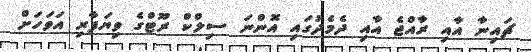
ޗައިނާ އާއި ރާއްޖެ އާއި ދެމެދުގައި އޮންނަ ސިލްކް ރޫޓްގެ ވިޔަފާރި އަވަހަށް